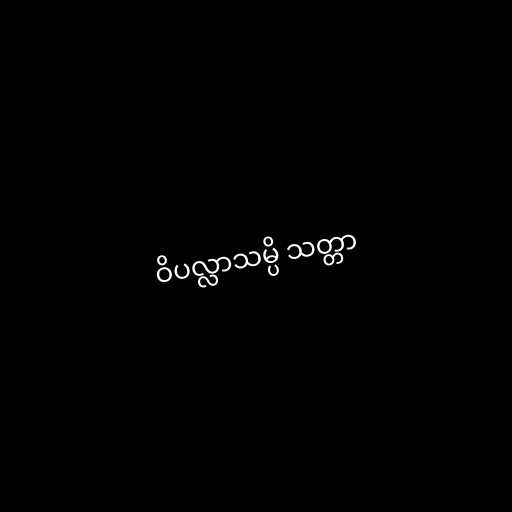
ဝိပလ္လာသမ္ပိ သတ္တာ